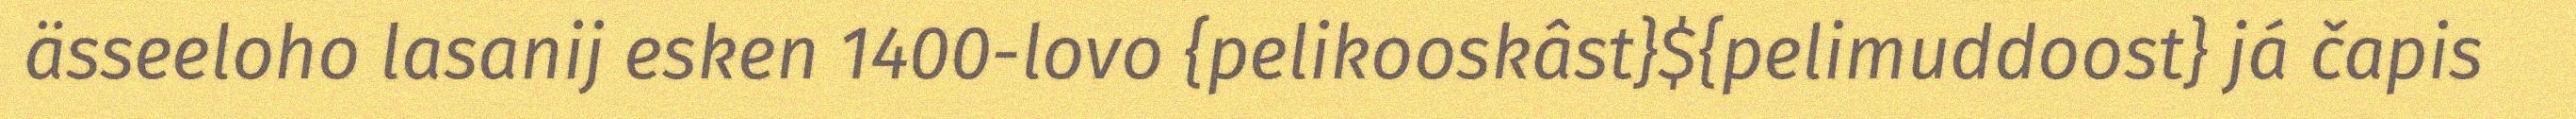
ässeeloho lasanij esken 1400-lovo {pelikooskâst}${pelimuddoost} já čapis